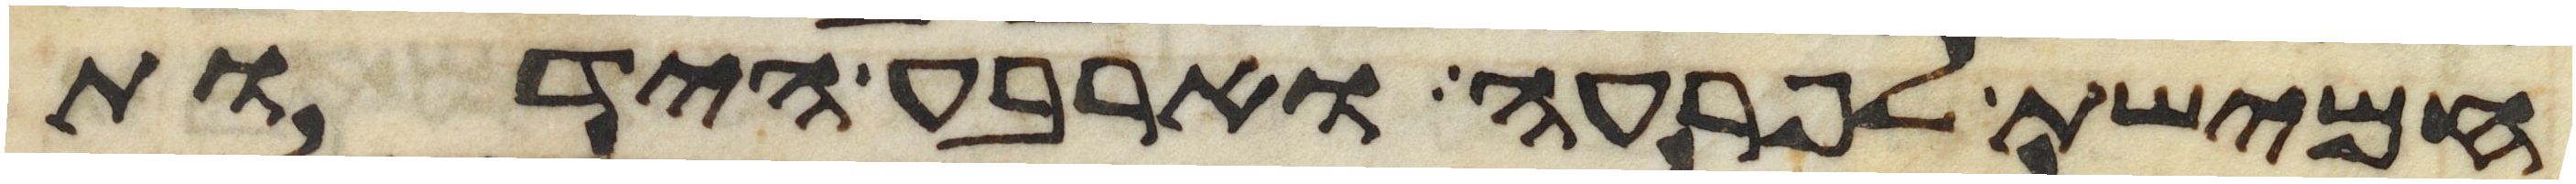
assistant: חמישת לפרעה וארבע הידות